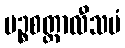
ပဉ္စစတ္တာလီသမံ